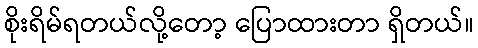
စိုးရိမ်ရတယ်လို့တော့ ပြောထားတာ ရှိတယ်။